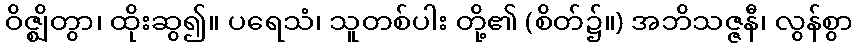
ဝိဇ္ဈိတွာ၊ ထိုးဆွ၍။ ပရေသံ၊ သူတစ်ပါး တို့၏ (စိတ်၌။) အဘိသဇ္ဇနီ၊ လွန်စွာ